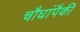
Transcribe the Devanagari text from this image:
चौघांपैकी